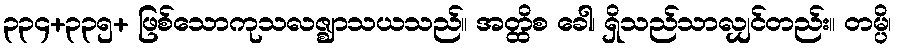
၃၃၄+၃၃၅+ ဖြစ်သောကုသလဇ္ဈာသယသည်။ အတ္ထိစ ခေါ၊ ရှိသည်သာလျှင်တည်း။ တမ္ပိ၊